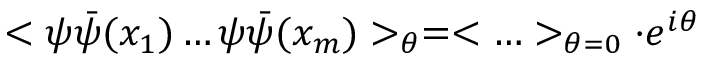
< \psi \bar { \psi } ( x _ { 1 } ) \ldots \psi \bar { \psi } ( x _ { m } ) > _ { \theta } = < \ldots > _ { \theta = 0 } \cdot e ^ { i \theta }